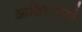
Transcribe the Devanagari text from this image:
आडिडासने